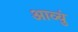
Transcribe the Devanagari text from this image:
आव्युं